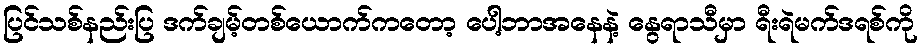
ပြင်သစ်နည်းပြ ဒက်ချမ့်တစ်ယောက်ကတော့ ပေါ့ဘာအနေနဲ့ နွေရာသီမှာ ရီးရဲမက်ဒရစ်ကို